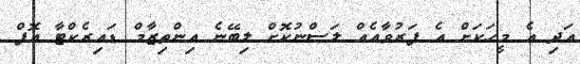
އަދި އެ މީހަކަށް އެ ފަރުވާއެއް ލަސްނުކޮށް ލިބޭނެ އިންތިޒާމް ޑައިރެކްޓާ އޮފް